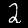
Label: 2